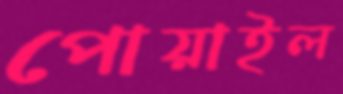
পোয়াইল